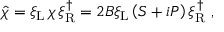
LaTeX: \hat { \chi } = \xi _ { \mathrm { L } } \, \chi \, \xi _ { \mathrm { R } } ^ { \dag } = 2 B \xi _ { \mathrm { L } } \left( { \cal S } + i { \cal P } \right) \xi _ { \mathrm { R } } ^ { \dag } \ ,